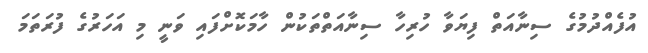
އުފެއްދުމުގެ ސިނާއަތް ފިޔަވާ ހުރިހާ ސިނާއަތްތަކުން ހާމަކޮށްފައި ވަނީ މި އަހަރުގެ ފުރަތަމަ